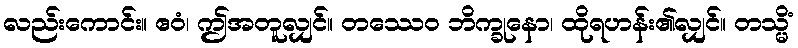
လည်းကောင်း။ ဧဝံ၊ ဤအတူလျှင်။ တဿေဝ ဘိက္ခုနော၊ ထိုရဟန်း၏လျှင်။ တသ္မိံ